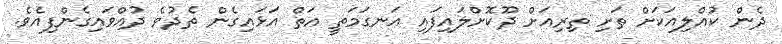
ދެން ކުއްލިއަކަށް ތަށި ތިރިއަށް ދޫކޮށްލައިފައި އަނގަމަތީ އަތް އަޅައިގެން ތެދުވެ ދުއްވައިގެންފިއެވެ.